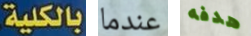
بالكلية. عندما هدفه